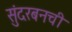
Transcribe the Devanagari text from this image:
सुंदरबनची